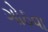
ગોઠવા